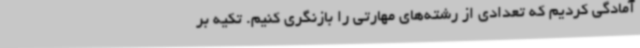
آمادگی کردیم که تعدادی از رشته‌های مهارتی را بازنگری کنیم‌. تکیه بر